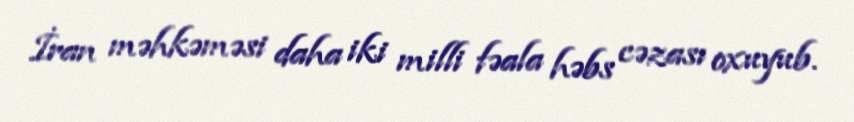
İran məhkəməsi daha iki milli fəala həbs cəzası oxuyub.